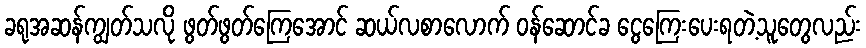
ခရုအဆန်ကျွတ်သလို ဖွတ်ဖွတ်ကြေအောင် ဆယ်လစာလောက် ဝန်ဆောင်ခ ငွေကြေးပေးရတဲ့သူတွေလည်း